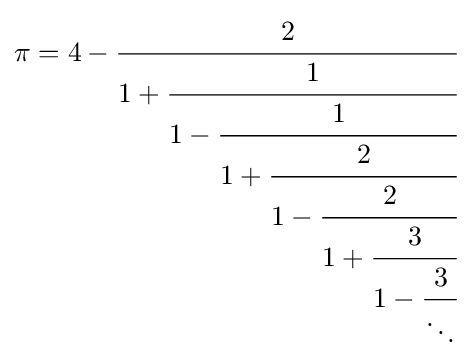
\pi =4-{\cfrac {2}{1+{\cfrac {1}{1-{\cfrac {1}{1+{\cfrac {2}{1-{\cfrac {2}{1+{\cfrac {3}{1-{\cfrac {3}{\ddots }}}}}}}}}}}}}}